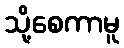
သို့စေကာမူ